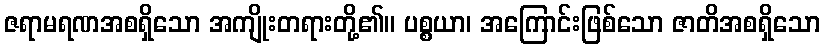
ဇရာမရဏအစရှိသော အကျိုးတရားတို့၏။ ပစ္စယာ၊ အကြောင်းဖြစ်သော ဇာတိအစရှိသော